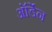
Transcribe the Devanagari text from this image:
ऑर्डेन